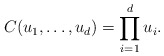
\begin{align*}C(u_1,\ldots,u_d) = \prod_{i=1}^{d}u_i.\end{align*}